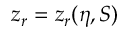
z _ { r } = z _ { r } ( \eta , S )